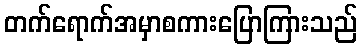
တက်ရောက်အမှာစကားပြောကြားသည်